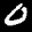
Label: 0